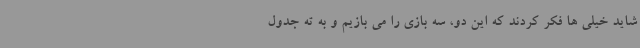
شاید خیلی ها فکر کردند که این دو، سه بازی را می بازیم و به ته جدول